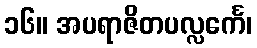
၁၆။ အပရာဇိတပလ္လင်္ကေ၊